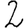
Digit: 2